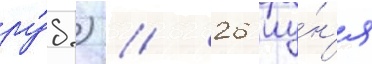
ру́б.) // 26 иу́н'я